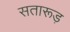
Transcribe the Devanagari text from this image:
सतारूड़